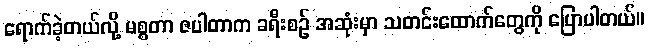
ရောက်ခဲ့တယ်လို့ မစ္စတာ ဇပါတာက ခရီးစဉ် အဆုံးမှာ သတင်းထောက်တွေကို ပြောပါတယ်။